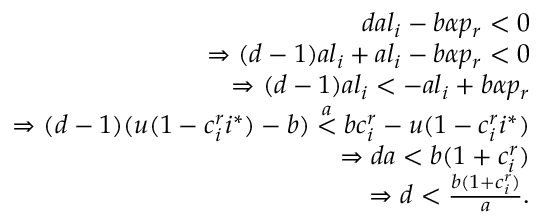
\begin{array} { r } { d a l _ { i } - b \alpha p _ { r } < 0 } \\ { \Rightarrow ( d - 1 ) a l _ { i } + a l _ { i } - b \alpha p _ { r } < 0 } \\ { \Rightarrow ( d - 1 ) a l _ { i } < - a l _ { i } + b \alpha p _ { r } } \\ { \Rightarrow ( d - 1 ) ( u ( 1 - c _ { i } ^ { r } i ^ { * } ) - b ) \stackrel { a } { < } b c _ { i } ^ { r } - u ( 1 - c _ { i } ^ { r } i ^ { * } ) } \\ { \Rightarrow d a < b ( 1 + c _ { i } ^ { r } ) } \\ { \Rightarrow d < \frac { b ( 1 + c _ { i } ^ { r } ) } { a } . } \end{array}